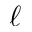
\ell